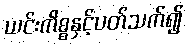
ယင်းကိစ္စနှင့်ပတ်သက်၍